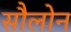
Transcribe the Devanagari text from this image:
सौलोन